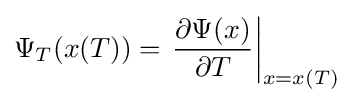
\Psi _{T}(x(T))=\left.{\frac {\partial \Psi (x)}{\partial T}}\right|_{x=x(T)}